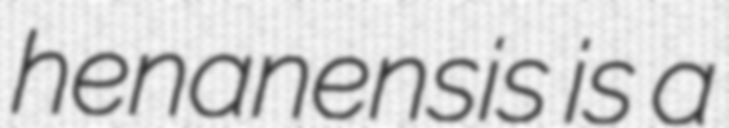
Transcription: henanensis is a